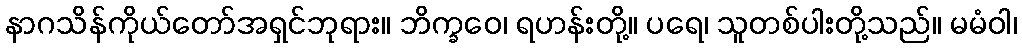
နာဂသိန်ကိုယ်တော်အရှင်ဘုရား။ ဘိက္ခဝေ၊ ရဟန်းတို့။ ပရေ၊ သူတစ်ပါးတို့သည်။ မမံဝါ၊